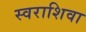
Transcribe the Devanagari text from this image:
स्वराशिवा